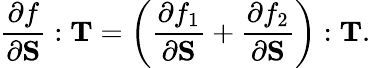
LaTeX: {\frac{\partial f}{\partial\mathbf{S}}}:\mathbf{T}=\left({\frac{\partial f_{1}}{\partial\mathbf{S}}}+{\frac{\partial f_{2}}{\partial\mathbf{S}}}\right):\mathbf{T}.